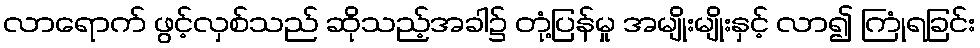
လာရောက် ဖွင့်လှစ်သည် ဆိုသည့်အခါ၌ တုံ့ပြန်မှု အမျိုးမျိုးနှင့် လာ၍ ကြုံရခြင်း